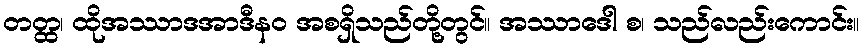
တတ္ထ၊ ထိုအဿာဒအာဒီနဝ အစရှိသည်တို့တွင်။ အဿာဒေါ စ၊ သည်လည်းကောင်း။